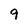
Character: 9